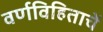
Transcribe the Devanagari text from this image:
वर्णविहिताचें